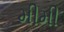
મીમી